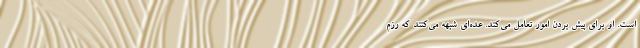
است. او برای پیش بردن امور تعامل می‌کند. عده‌ای شبهه می‌کنند که رزم